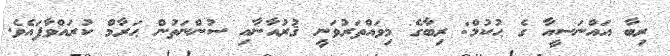
ރިބާ އައްނަސީއާ ގެ ޙުކުމް: ރިބާގެ މިވައްތަރުވަނީ ޤުރުއާނާއި ސުންނަތުން ޙަރާމް ކުރައްވާފައެވެ.